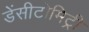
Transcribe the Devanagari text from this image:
डेंसीटोमिट्री